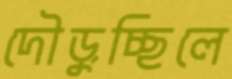
দৌড়ুচ্ছিলে